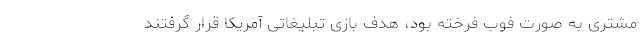
مشتری به صورت فوب فرخته بود، هدف بازی تبلیغاتی آمریکا قرار گرفتند